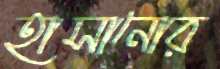
হাসানোর